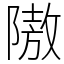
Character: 隞